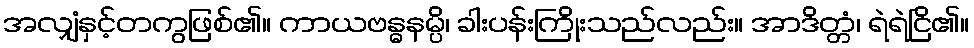
အလျှံနှင့်တကွဖြစ်၏။ ကာယဗန္ဓနမ္ပိ၊ ခါးပန်းကြိုးသည်လည်း။ အာဒိတ္တံ၊ ရဲရဲငြိ၏။